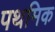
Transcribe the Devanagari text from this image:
पथमिक